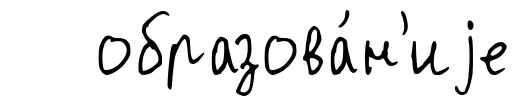
образова́н'иjе